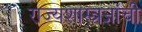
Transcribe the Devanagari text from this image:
राज्यशास्त्रज्ञांची